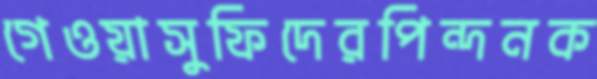
গেওয়াসুফিদেরপিন্দনক